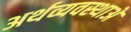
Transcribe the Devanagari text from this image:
अर्थव्यवस्थाअें